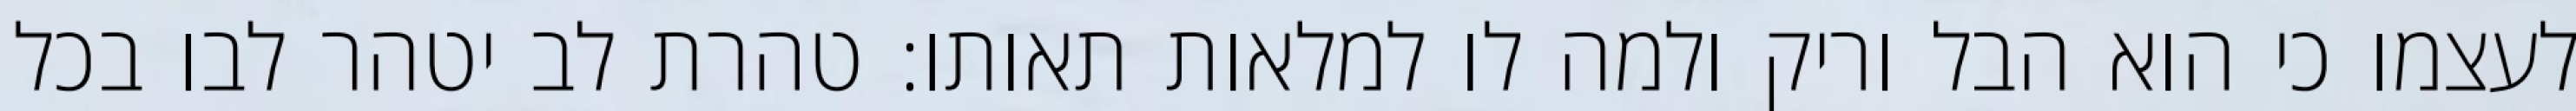
לעצמו כי הוא הבל וריק ולמה לו למלאות תאותו: טהרת לב יטהר לבו בכל